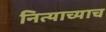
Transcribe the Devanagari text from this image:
नित्याच्याच